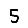
Digit: 5